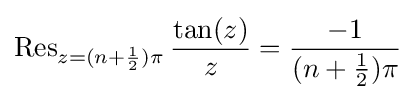
\operatorname {Res} _{z=(n+{\frac {1}{2}})\pi }{\frac {\tan(z)}{z}}={\frac {-1}{(n+{\frac {1}{2}})\pi }}